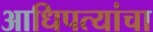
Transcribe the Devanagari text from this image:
आधिपत्यांचा